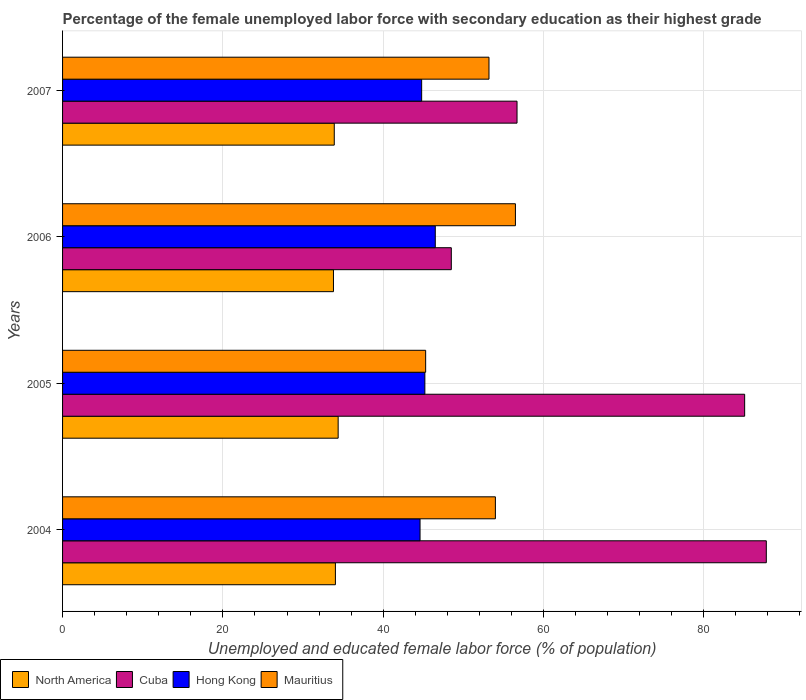
| Years | North America | Cuba | Hong Kong | Mauritius |
 | --- | --- | --- | --- | --- |
 | 2004 | 34 | 87.8 | 44.6 | 54 |
 | 2005 | 34.4 | 85.1 | 45.2 | 45.3 |
 | 2006 | 33.8 | 48.5 | 46.5 | 56.5 |
 | 2007 | 33.9 | 56.7 | 44.8 | 53.2 |